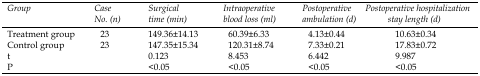
| Group | Case No. (n) | Surgical time (min) | Intraoperative blood loss (ml) | Postoperative ambulation (d) | Postoperative hospitalization stay length (d) |
 | --- | --- | --- | --- | --- | --- |
 | Treatment group | 23 | 149.36±14.13 | 60.39±6.33 | 4.13±0.44 | 10.63±0.34 |
 | Control group | 23 | 147.35±15.34 | 120.31±8.74 | 7.33±0.21 | 17.83±0.72 |
 | t |  | 0.123 | 8.453 | 6.442 | 9.987 |
 | P |  | <0.05 | <0.05 | <0.05 | <0.05 |